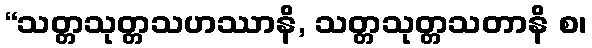
“သတ္တသုတ္တသဟဿာနိ, သတ္တသုတ္တသတာနိ စ၊